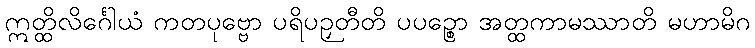
ဣတ္ထိလိင်္ဂေါယံ ကတပုဗ္ဗော ပရိပဉှတီတိ ပပဉ္စော အတ္ထကာမဿာတိ မဟာမိဂ